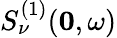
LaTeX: S_{\nu}^{(1)}(\mathbf{0},\omega)